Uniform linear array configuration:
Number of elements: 12
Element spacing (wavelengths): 0.25
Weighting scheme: blackman
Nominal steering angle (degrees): -30
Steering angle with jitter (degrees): -31.25
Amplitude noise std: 0.05
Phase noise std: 0.05

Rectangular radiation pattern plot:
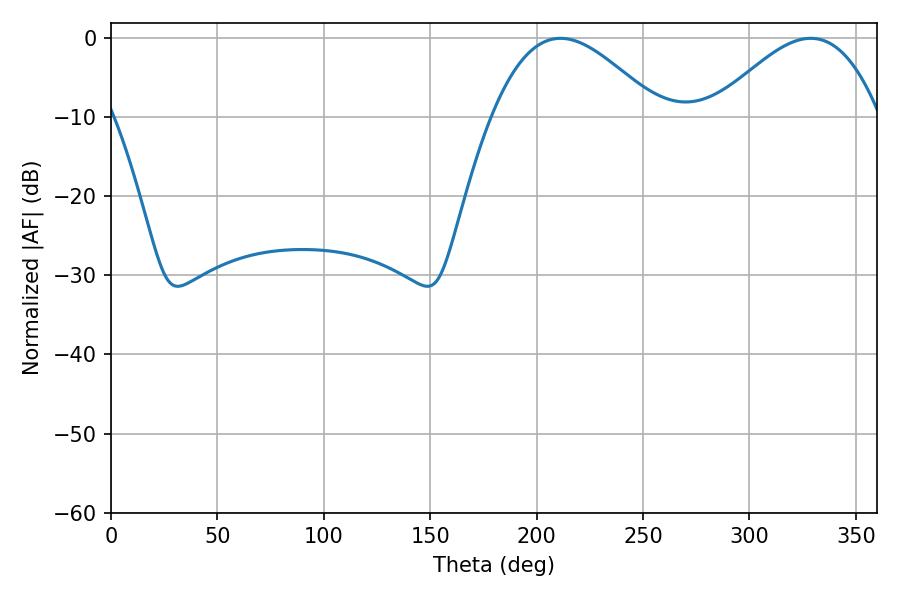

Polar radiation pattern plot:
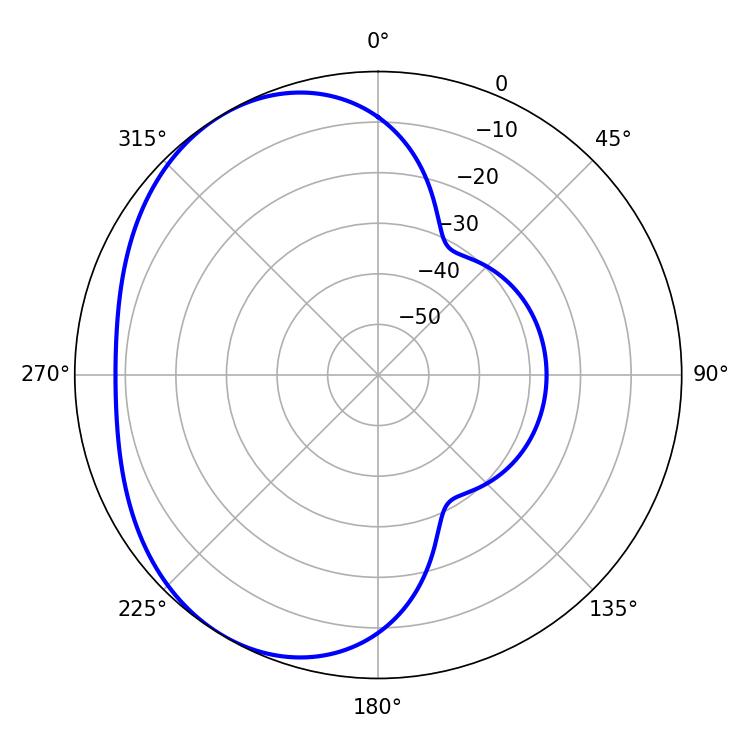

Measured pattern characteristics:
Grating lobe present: FALSE
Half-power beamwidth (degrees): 42.48
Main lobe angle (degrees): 211.14